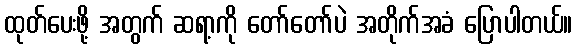
ထုတ်ပေးဖို့ အတွက် ဆရာ့ကို တော်တော်ပဲ အတိုက်အခံ ပြောပါတယ်။